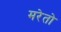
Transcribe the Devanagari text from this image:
मरेतो